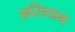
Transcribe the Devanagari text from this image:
असियन